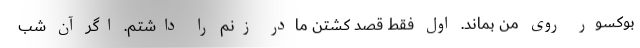
بوکسور روی من بماند. اول فقط قصد کشتن مادر زنم را داشتم. اگر آن شب